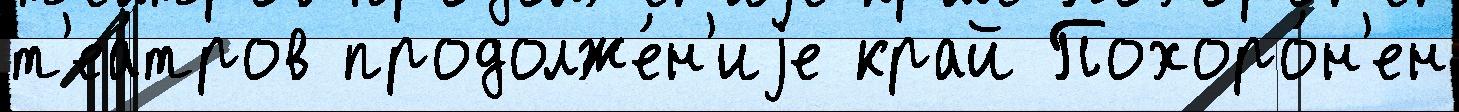
т'еа́тров продолже́н'иjе край Похоро́н'ен